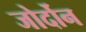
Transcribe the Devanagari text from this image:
जोर्दोन